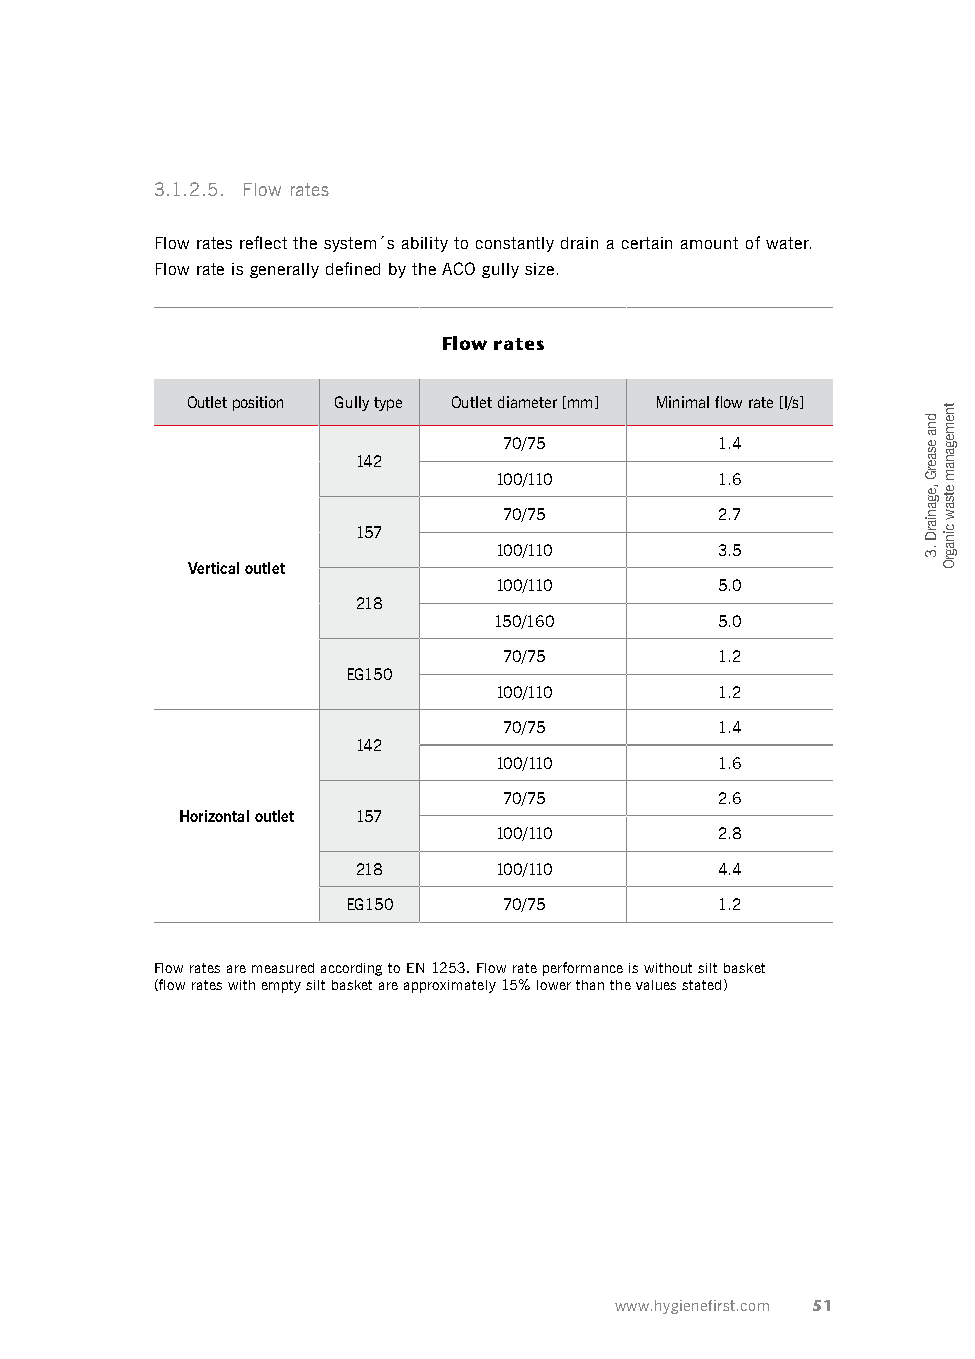
3.1.2.5. Flow rates
 Flow rates reflect the system´s ability to constantly drain a certain amount of water.
 Flow rate is generally defined by the ACO gully size.
 Flow rates
 Outlet position Gully type Outlet diameter [mm] Minimal flow rate [l/s]
 70/75          1.4
 142
 100/110        1.6
 70/75         2.7
 157
 100/110       3.5
 Vertical outlet
 100/110       5.0
 218
 150/160       5.0
 70/75          1.2
 EG150
 100/110        1.2
 70/75          1.4
 142
 100/110        1.6
 70/75         2.6
 Horizontal outlet 157
 100/110       2.8
 218      100/110       4.4
 EG150     70/75          1.2
 Flow rates are measured according to EN 1253. Flow rate performance is without silt basket
 (flow rates with empty silt basket are approximately 15% lower than the values stated)
 www.hygienefirst.com 51
 dna
 esaerG
 ,eganiarD
 .3
 tnemeganam
 etsaw
 cinagrO